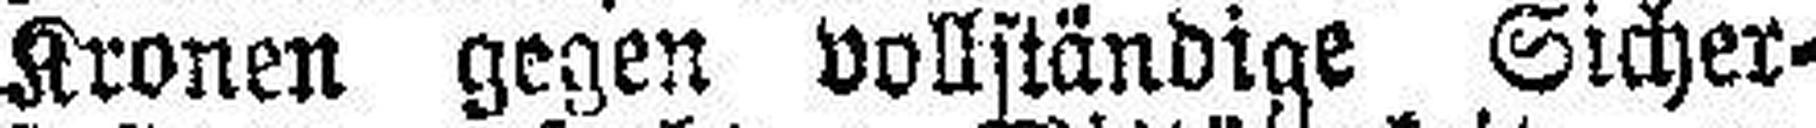
Kronen gegen vollständige Sicher¬